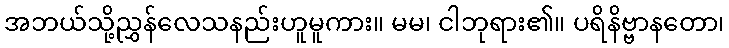
အဘယ်သို့ညွှန်လေသနည်းဟူမူကား။ မမ၊ ငါဘုရား၏။ ပရိနိဗ္ဗာနတော၊